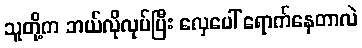
သူတို့က ဘယ်လိုလုပ်ပြီး လှေပေါ် ရောက်နေတာလဲ